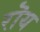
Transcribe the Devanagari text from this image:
रॊय